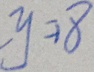
y = 1 8